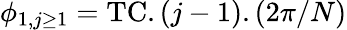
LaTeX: \phi_{1,j\ge 1}=\mathrm{TC}.(j-1).(2\pi/N)